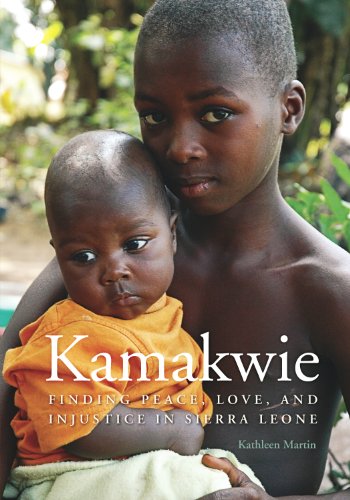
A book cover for Kamakwie: Finding Peace, Love, and Injustice in Sierra Leone; Kathleen Martin; Travel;